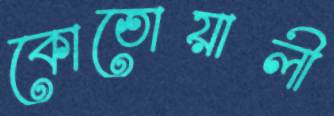
কোতোয়ালী